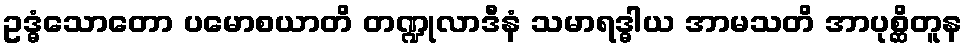
ဥဒ္ဓံသောတော ပမောစယာတိ တဏ္ဍုလာဒီနံ သမာရဒ္ဓါယ အာမသတိ အာပုစ္ဆိတူန